Annual administration report of the Civil Veterinary Department of India - 1907-1908
Year: 1907
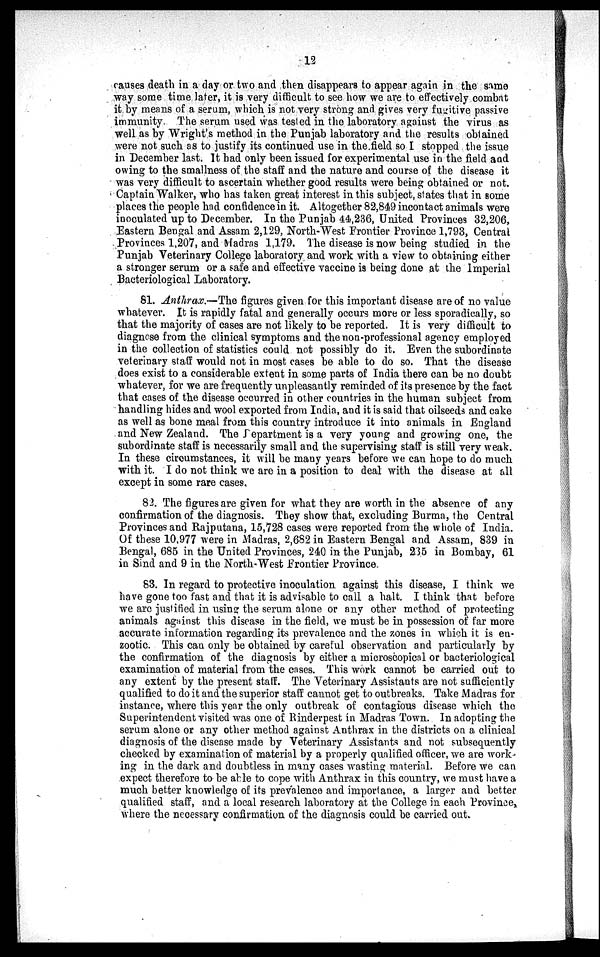
12
causes death in a day or two and then disappears to appear again in the same
way some time later, it is very difficult to see how we are to effectively combat
it by means of a serum, which is not very strong and gives very fugitive passive
immunity. The serum used was tested in the laboratory against the virus as
well as by Wright's method in the Punjab laboratory and the results obtained
were not such as to justify its continued use in the field so I stopped the issue
in December last. It had only been issued for experimental use in the field and
owing to the smallness of the staff and the nature and course of the disease it
was very difficult to ascertain whether good results were being obtained or not.
Captain Walker, who has taken great interest in this subject, states that in some
places the people had confidence in it. Altogether 82,849 incontact animals were
inoculated up to December. In the Punjab 44,236, United Provinces 32,206,
Eastern Bengal and Assam 2,129, North-West Frontier Province 1,793, Central
Provinces 1,207, and Madras 1,179. The disease is now being studied in the
Punjab Veterinary College laboratory and work with a view to obtaining either
a stronger serum or a safe and effective vaccine is being done at the Imperial
Bacteriological Laboratory.
81. Anthrax.—The figures given for this important disease are of no value
whatever. It is rapidly fatal and generally occurs more or less sporadically, so
that the majority of cases are not likely to be reported. It is very difficult to
diagnose from the clinical symptoms and the non-professional agency employed
in the collection of statistics could not possibly do it. Even the subordinate
veterinary staff would not in most cases be able to do so. That the disease
does exist to a considerable extent in some parts of India there can be no doubt
whatever, for we are frequently unpleasantly reminded of its presence by the fact
that cases of the disease occurred in other countries in the human subject from
handling hides and wool exported from India, and it is said that oilseeds and cake
as well as bone meal from this country introduce it into animals in England
and New Zealand. The Department is a very young and growing one, the
subordinate staff is necessarily small and the supervising staff is still very weak.
In these circumstances, it will be many years before we can hope to do much
with it. I do not think we are in a position to deal with the disease at all
except in some rare cases.
82. The figures are given for what they are worth in the absence of any
confirmation of the diagnosis. They show that, excluding Burma, the Central
Provinces and Rajputana, 15,728 cases were reported from the whole of India.
Of these 10,977 were in Madras, 2,682 in Eastern Bengal and Assam, 839 in
Bengal, 685 in the United Provinces, 240 in the Punjab, 235 in Bombay, 61
in Sind and 9 in the North-West Frontier Province
83. In regard to protective inoculation against this disease, I think we
have gone too fast and that it is advisable to call a halt. I think that before
we are justified in using the serum alone or any other method of protecting
animals against this disease in the field, we must be in possession of far more
accurate information regarding its prevalence and the zones in which it is en-
zootic. This can only be obtained by careful observation and particularly by
the confirmation of the diagnosis by either a microscopical or bacteriological
examination of material from the cases. This work cannot be carried out to
any extent by the present staff. The Veterinary Assistants are not sufficiently
qualified to do it and the superior staff cannot get to outbreaks. Take Madras for
instance, where this year the only outbreak of contagious disease which the
Superintendent visited was one of Rinderpest in Madras Town. In adopting the
serum alone or any other method against Anthrax in the districts on a clinical
diagnosis of the disease made by Veterinary Assistants and not subsequently
checked by examination of material by a properly qualified officer, we are work-
ing in the dark and doubtless in many cases wasting material. Before we can
expect therefore to be able to cope with Anthrax in this country, we must have a
much better knowledge of its prevalence and importance, a larger and better
qualified staff, and a local research laboratory at the College in each Province,
where the necessary confirmation of the diagnosis could be carried out.